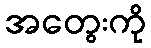
အတွေးကို